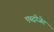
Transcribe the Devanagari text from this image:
एस्‍ट्रोजेट